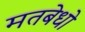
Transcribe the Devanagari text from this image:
मतबेधो